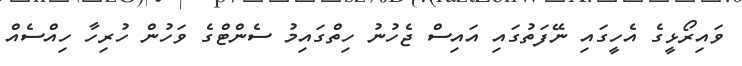
ވައިރޯޅީގެ އެހީގައި ނޭފަތުގައި އައިސް ޖެހުނު ހިތްގައިމު ސެންޓްގެ ވަހުން ހުރިހާ ހިއްސެއް